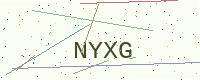
Text: NYXG